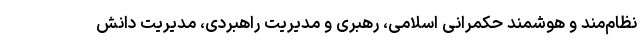
نظام­مند و هوشمند حکمرانی اسلامی، رهبری و مدیریت راهبردی، مدیریت دانش